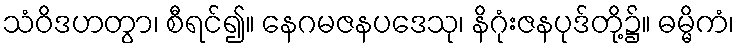
သံဝိဒဟတွာ၊ စီရင်၍။ နေဂမဇနပဒေသု၊ နိဂုံးဇနပုဒ်တို့၌။ ဓမ္မိကံ၊